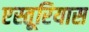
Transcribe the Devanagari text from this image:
एस्तूरियास